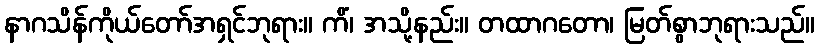
နာဂသိန်ကိုယ်တော်အရှင်ဘုရား။ ကိံ၊ အသို့နည်း။ တထာဂတော၊ မြတ်စွာဘုရားသည်။